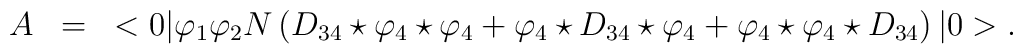
\begin{array}{rcl}A&=&\displaystyle <0|\varphi_1\varphi_2N\left(D_{34}\star\varphi_4\star\varphi_4+\varphi_4\star D_{34}\star\varphi_4+\varphi_4\star\varphi_4\star D_{34}\right)|0>.\end{array}